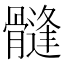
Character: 𩪌